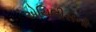
એચિલીસની